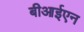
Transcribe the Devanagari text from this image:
बीआईएन